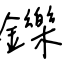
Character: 鑠